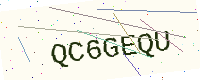
Text: QC6GEQU